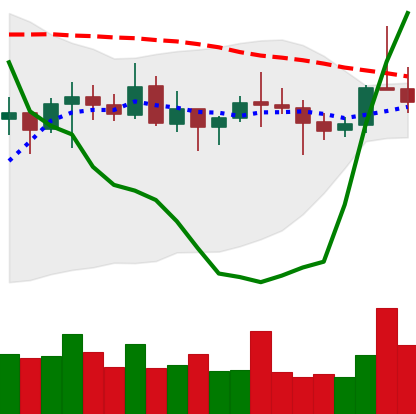
Ticker: ETC-USD
Chart end date: 2021-10-22
Forward return: -10.645%
Label: down_7plus